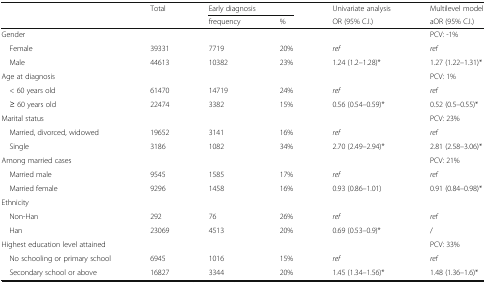
<table><thead><tr><td rowspan="2"></td><td><b>Total</b></td><td colspan="2"><b>Early diagnosis</b></td><td><b>Univariate analysis</b></td><td><b>Multilevel model</b></td></tr><tr><td></td><td><b>frequency</b></td><td><b>%</b></td><td><b>OR (95% C.I.)</b></td><td><b>aOR (95% C.I.)</b></td></tr></thead><tbody><tr><td>Gender</td><td></td><td></td><td></td><td></td><td>PCV: -1%</td></tr><tr><td> Female</td><td>39331</td><td>7719</td><td>20%</td><td><i>ref</i></td><td><i>ref</i></td></tr><tr><td> Male</td><td>44613</td><td>10382</td><td>23%</td><td>1.24 (1.2–1.28)*</td><td>1.27 (1.22–1.31)*</td></tr><tr><td>Age at diagnosis</td><td></td><td></td><td></td><td></td><td>PCV: 1%</td></tr><tr><td> &lt; 60 years old</td><td>61470</td><td>14719</td><td>24%</td><td><i>ref</i></td><td><i>ref</i></td></tr><tr><td> ≥ 60 years old</td><td>22474</td><td>3382</td><td>15%</td><td>0.56 (0.54–0.59)*</td><td>0.52 (0.5–0.55)*</td></tr><tr><td>Marital status</td><td></td><td></td><td></td><td></td><td>PCV: 23%</td></tr><tr><td> Married, divorced, widowed</td><td>19652</td><td>3141</td><td>16%</td><td><i>ref</i></td><td><i>ref</i></td></tr><tr><td> Single</td><td>3186</td><td>1082</td><td>34%</td><td>2.70 (2.49–2.94)*</td><td>2.81 (2.58–3.06)*</td></tr><tr><td>Among married cases</td><td></td><td></td><td></td><td></td><td>PCV: 21%</td></tr><tr><td> Married male</td><td>9545</td><td>1585</td><td>17%</td><td><i>ref</i></td><td><i>ref</i></td></tr><tr><td> Married female</td><td>9296</td><td>1458</td><td>16%</td><td>0.93 (0.86–1.01)</td><td>0.91 (0.84–0.98)*</td></tr><tr><td>Ethnicity</td><td></td><td></td><td></td><td></td><td></td></tr><tr><td> Non-Han</td><td>292</td><td>76</td><td>26%</td><td><i>ref</i></td><td><i>ref</i></td></tr><tr><td> Han</td><td>23069</td><td>4513</td><td>20%</td><td>0.69 (0.53–0.9)*</td><td>/</td></tr><tr><td colspan="3">Highest education level attained</td><td></td><td></td><td>PCV: 33%</td></tr><tr><td> No schooling or primary school</td><td>6945</td><td>1016</td><td>15%</td><td><i>ref</i></td><td><i>ref</i></td></tr><tr><td> Secondary school or above</td><td>16827</td><td>3344</td><td>20%</td><td>1.45 (1.34–1.56)*</td><td>1.48 (1.36–1.6)*</td></tr></tbody></table>